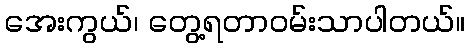
အေးကွယ်၊ တွေ့ရတာဝမ်းသာပါတယ်။